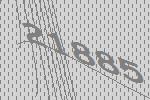
21885